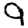
Digit: 9